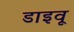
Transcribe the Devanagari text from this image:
डाइवू